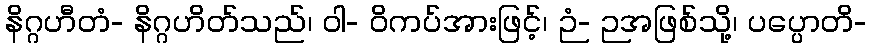
နိဂ္ဂဟီတံ- နိဂ္ဂဟိတ်သည်၊ ဝါ- ဝိကပ်အားဖြင့်၊ ဉံ- ဉအဖြစ်သို့၊ ပပ္ပောတိ-